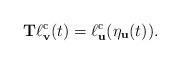
LaTeX: \begin{align*}{\bf T}\ell_{\bf v}^{\rm c}(t) = \ell_{\bf u}^{\rm c}(\eta_{\bf u}(t)). \end{align*}